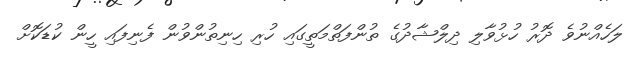
ލަހެއްނުވެ ދޮރު ހުޅުވާލި ދިލްޝާދުގެ ތުންފަތްމަތީގައި ހުރި ހިނިތުންވުން ފެނިފައި ހީން ކުޑަކޮށް